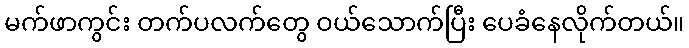
မက်ဖာကွင်း တက်ပလက်တွေ ဝယ်သောက်ပြီး ပေခံနေလိုက်တယ်။